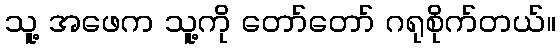
သူ့ အဖေက သူ့ကို တော်တော် ဂရုစိုက်တယ်။